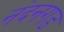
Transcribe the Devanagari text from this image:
नंदनगड